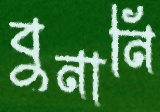
বুনানি